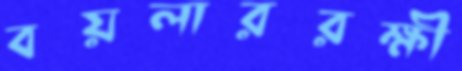
বয়লাররক্ষী